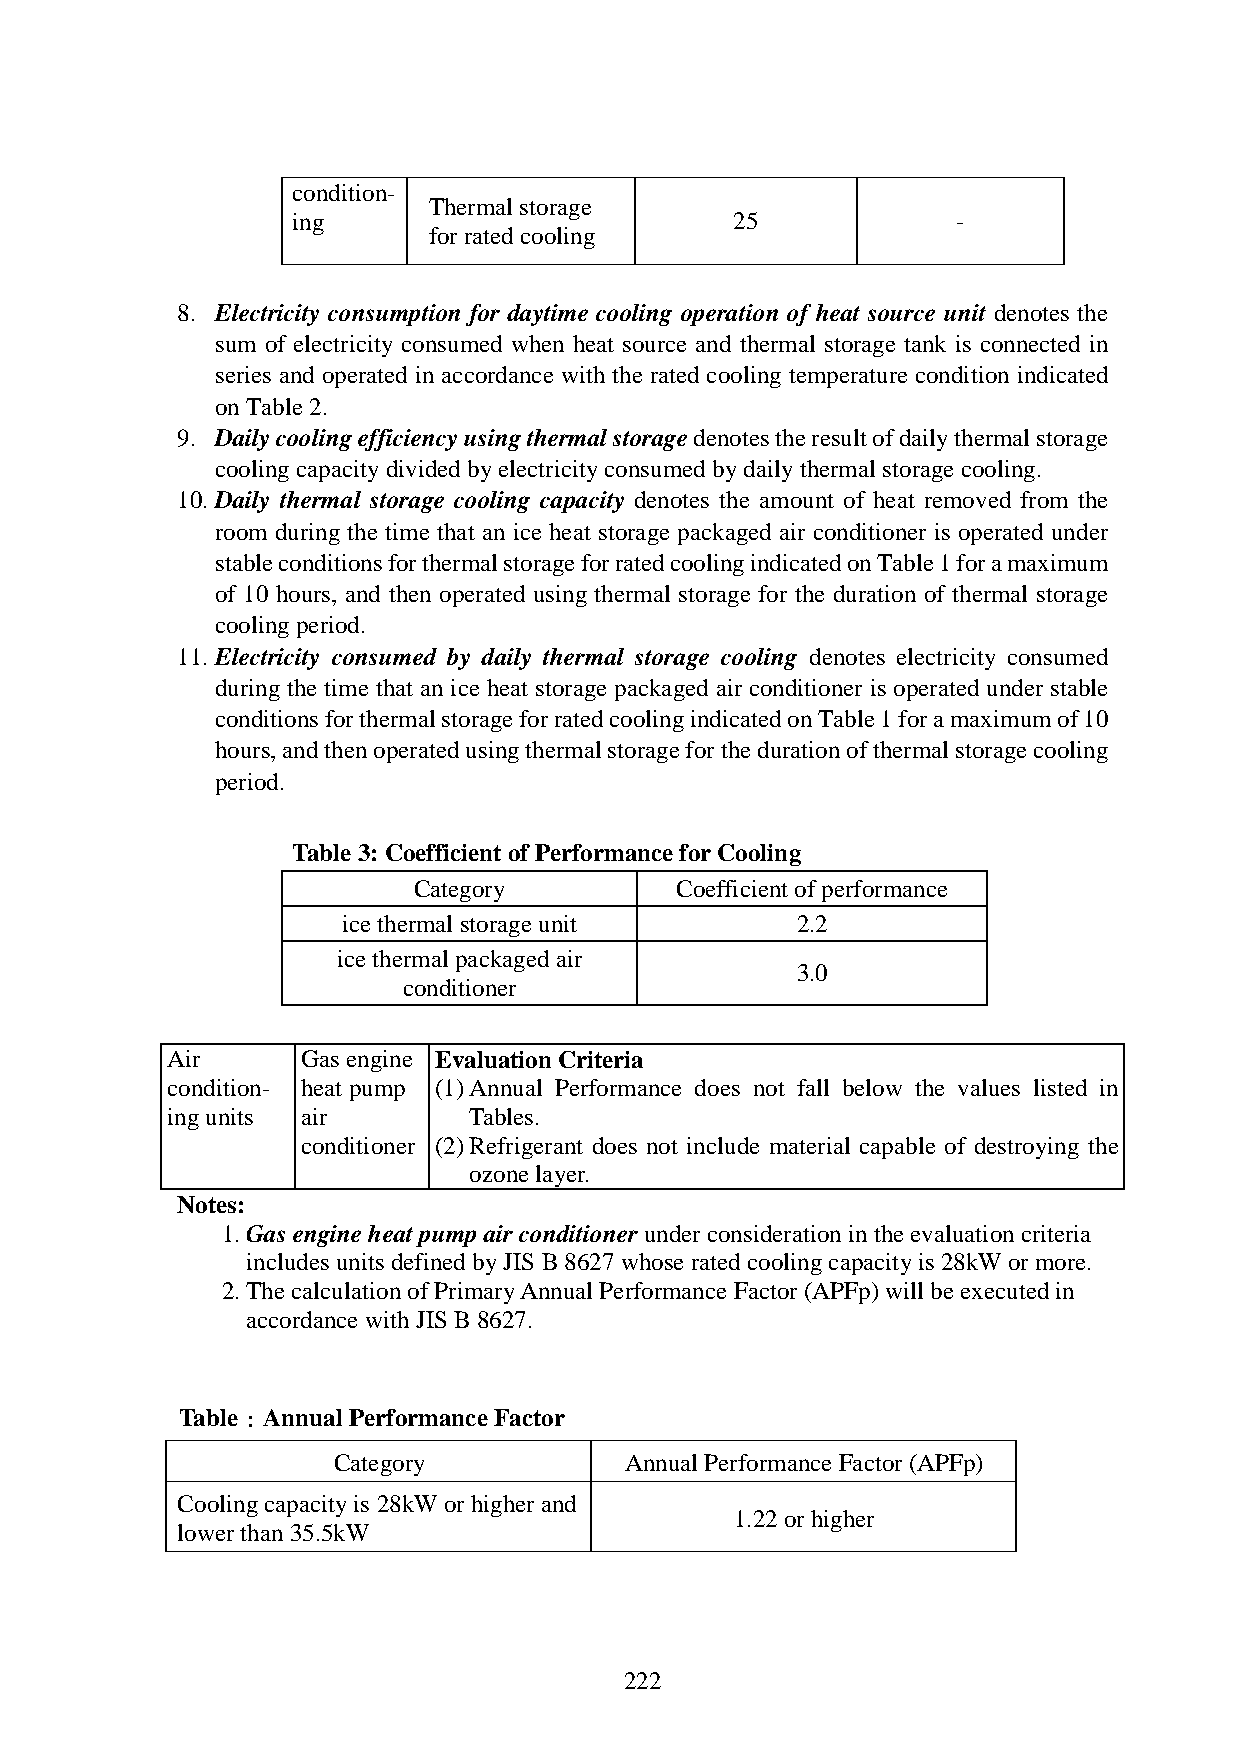
condition-
 Thermal storage
 ing                           25            -
 for rated cooling
 8. Electricity consumption for daytime cooling operation of heat source unit denotes the
 sum of electricity consumed when heat source and thermal storage tank is connected in
 series and operated in accordance with the rated cooling temperature condition indicated
 on Table 2.
 9. Daily cooling efficiency using thermal storage denotes the result of daily thermal storage
 cooling capacity divided by electricity consumed by daily thermal storage cooling.
 10. Daily thermal storage cooling capacity denotes the amount of heat removed from the
 room during the time that an ice heat storage packaged air conditioner is operated under
 stable conditions for thermal storage for rated cooling indicated on Table 1 for a maximum
 of 10 hours, and then operated using thermal storage for the duration of thermal storage
 cooling period.
 11. Electricity consumed by daily thermal storage cooling denotes electricity consumed
 during the time that an ice heat storage packaged air conditioner is operated under stable
 conditions for thermal storage for rated cooling indicated on Table 1 for a maximum of 10
 hours, and then operated using thermal storage for the duration of thermal storage cooling
 period.
 Table 3: Coefficient of Performance for Cooling
 Category          Coefficient of performance
 ice thermal storage unit      2.2
 ice thermal packaged air
 3.0
 conditioner
 Air      Gas engine Evaluation Criteria
 condition- heat pump (1) Annual Performance does not fall below the values listed in
 ing units air       Tables.
 conditioner (2) Refrigerant does not include material capable of destroying the
 ozone layer.
 Notes:
 1. Gas engine heat pump air conditioner under consideration in the evaluation criteria
 includes units defined by JIS B 8627 whose rated cooling capacity is 28kW or more.
 2. The calculation of Primary Annual Performance Factor (APFp) will be executed in
 accordance with JIS B 8627.
 Table : Annual Performance Factor
 Category           Annual Performance Factor (APFp)
 Cooling capacity is 28kW or higher and
 1.22 or higher
 lower than 35.5kW
 222